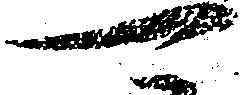
可